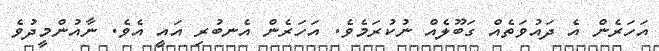
އަހަރެން އެ ދައުވަތެއް ގަބޫލެއް ނުކުރަމެވެ. އަހަރެން އެނބުރި އައީ އެވެ. ނާއުންމީދުވެ